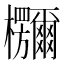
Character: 鿝